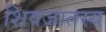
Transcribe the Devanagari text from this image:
शिवजातस्य